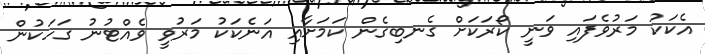
އެކަކު މަރުވެފައި ވަނީ ކޯރަކަށް ގެނބިގެން ކަމަށާއި އަނެކަކު މަރުވީ ވެއްޓުނު ގަހަކުން